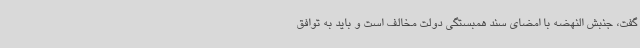
گفت، جنبش النهضه با امضای سند همبستگی دولت مخالف است و باید به توافق